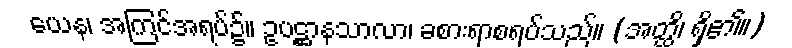
ယေန၊ အကြင်အရပ်၌။ ဥပဋ္ဌာနသာလာ၊ ခစားရာစရပ်သည်။ (အတ္ထိ၊ ရှိ၏။)